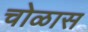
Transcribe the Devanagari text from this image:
चोळास